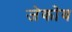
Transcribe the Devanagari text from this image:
जेकोव